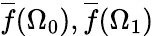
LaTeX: {\overline{{f}}}(\Omega_{0}),{\overline{{f}}}(\Omega_{1})